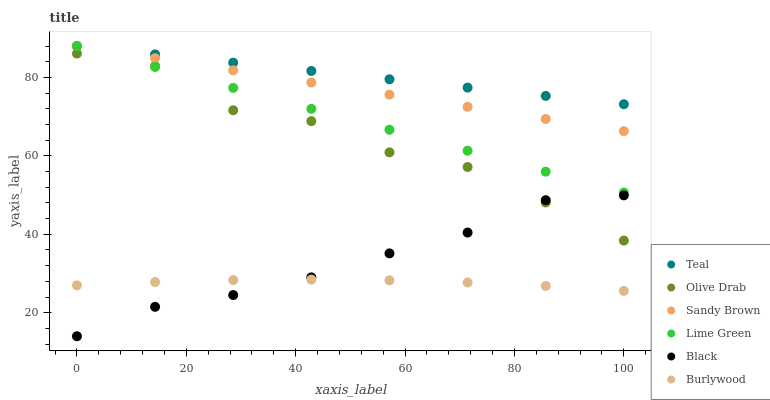
| xaxis_label | Teal | Olive Drab | Sandy Brown | Lime Green | Black | Burlywood |
 | --- | --- | --- | --- | --- | --- | --- |
 | 0 | 88 | 86.1 | 88 | 88 | 14 | 27 |
 | 14.3 | 85.9 | 82.9 | 84.9 | 82.7 | 21.5 | 27.8 |
 | 28.6 | 83.8 | 71.6 | 81.8 | 77.3 | 24.5 | 28.3 |
 | 42.9 | 81.6 | 68.8 | 78.7 | 72 | 29 | 28.5 |
 | 57.1 | 79.5 | 60.9 | 75.6 | 66.6 | 35.1 | 28.3 |
 | 71.4 | 77.4 | 57.1 | 72.5 | 61.3 | 40.4 | 27.7 |
 | 85.7 | 75.3 | 48.1 | 69.4 | 56 | 48.7 | 26.8 |
 | 100 | 73.2 | 38.4 | 66.3 | 50.6 | 49.9 | 25.6 |